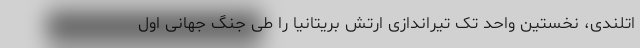
اتلندی، نخستین واحد تک تیراندازی ارتش بریتانیا را طی جنگ جهانی اول